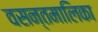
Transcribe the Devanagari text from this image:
वसन्तमालिका